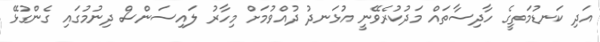
އަދި ކަނޑުމަތީގެ ހާދިސާތައް މަދުކުރެވޭނީ އުޅަނދު ދުއްވުމަށް މިހާރު ލައިސަންސް ދިނުމުގައި ގެންގުޅޭ